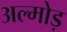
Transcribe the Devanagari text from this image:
अल्मोड़